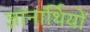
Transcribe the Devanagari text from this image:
ज्ञानार्थियों